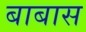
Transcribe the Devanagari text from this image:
बाबास